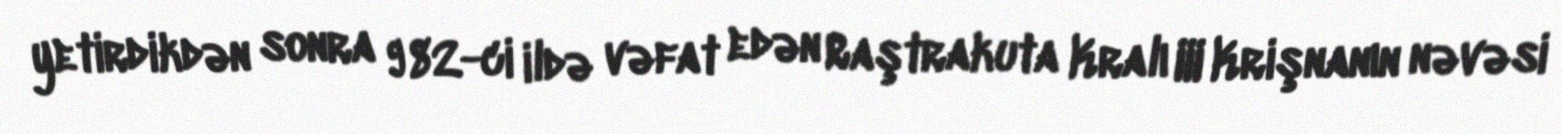
yetirdikdən sonra 982-ci ildə vəfat edən Raştrakuta Kralı III Krişnanın nəvəsi